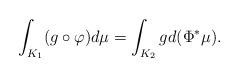
LaTeX: \begin{align*} \int_{K_1} (g\circ \varphi)d\mu=\int_{K_2}gd(\Phi^*\mu). \end{align*}